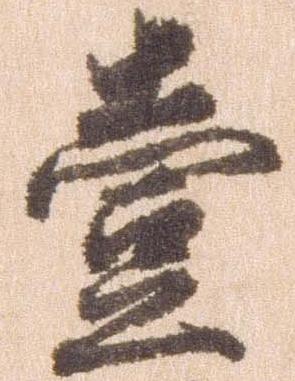
壱